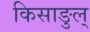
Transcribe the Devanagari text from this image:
किसाङुल्